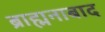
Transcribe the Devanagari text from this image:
ब्राह्मनाबाद